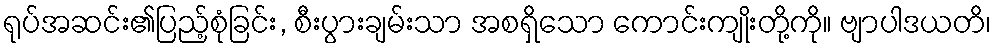
ရုပ်အဆင်း၏ပြည့်စုံခြင်း, စီးပွားချမ်းသာ အစရှိသော ကောင်းကျိုးတို့ကို။ ဗျာပါဒယတိ၊